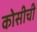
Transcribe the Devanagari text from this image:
कोसीची